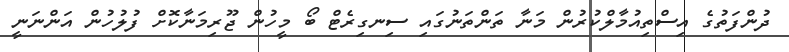
ދުންފަތުގެ އިސްތިއުމާލްކުރުން މަނާ ތަންތަނުގައި ސިނގިރެޓް ބޯ މީހުން ޖޫރިމަނާކޮށް ފުލުހުން އަންނަނީ